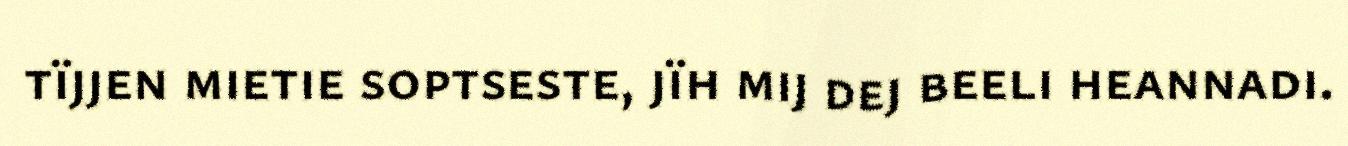
tïjjen mietie soptseste, jïh mij dej beeli heannadi.